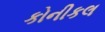
કોનીકલ